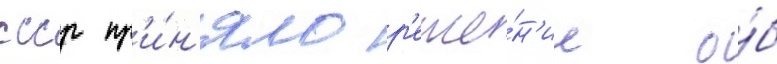
ссср пр'и́н'яло р'еше́н'ие о́б